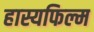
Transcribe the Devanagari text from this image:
हास्यफिल्म